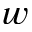
w